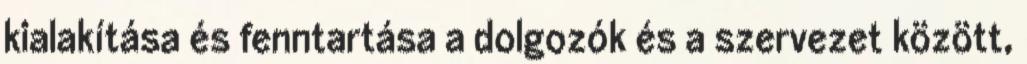
kialakítása és fenntartása a dolgozók és a szervezet között,